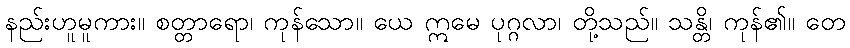
နည်းဟူမူကား။ စတ္တာရော၊ ကုန်သော။ ယေ ဣမေ ပုဂ္ဂလာ၊ တို့သည်။ သန္တိ၊ ကုန်၏။ တေ